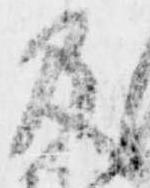
及